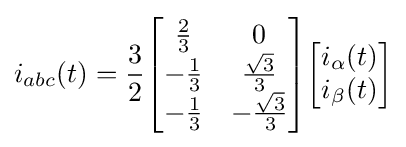
i_{abc}(t)={\frac {3}{2}}{\begin{bmatrix}{\frac {2}{3}}&0\\-{\frac {1}{3}}&{\frac {\sqrt {3}}{3}}\\-{\frac {1}{3}}&-{\frac {\sqrt {3}}{3}}\end{bmatrix}}{\begin{bmatrix}i_{\alpha }(t)\\i_{\beta }(t)\end{bmatrix}}